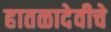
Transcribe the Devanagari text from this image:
हातळादेवीचे